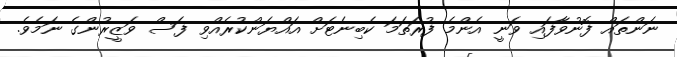
ނަންތައް ފޮނުވާފައި ވަނީ އެންމެ ފުރަތަމަ ކެބިނެޓަށް އައްޔަންކުރެއްވި ފަސް ވަޒީރުންގެ ނަމެވެ.